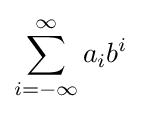
\sum _{i=-\infty }^{\infty }a_{i}b^{i}